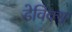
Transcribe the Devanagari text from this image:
डेविक्स